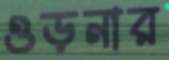
ওড়নার